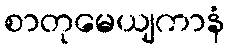
စာတုမေယျကာနံ